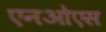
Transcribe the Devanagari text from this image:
एनओएस